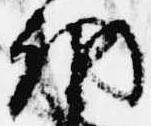
納